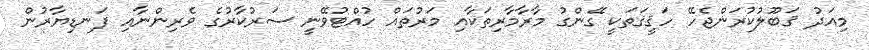
މިއަދު ޤަބޫލުކުރަންޖެހޭ ހަޤީޤަތަކީ ގޭންގު މާރާމާރިތަކާއި މަރުތައް ހުއްޓުވޭނީ ސަރުކާރުގެ ވެރިންނާއި ފަނޑިޔާރުން